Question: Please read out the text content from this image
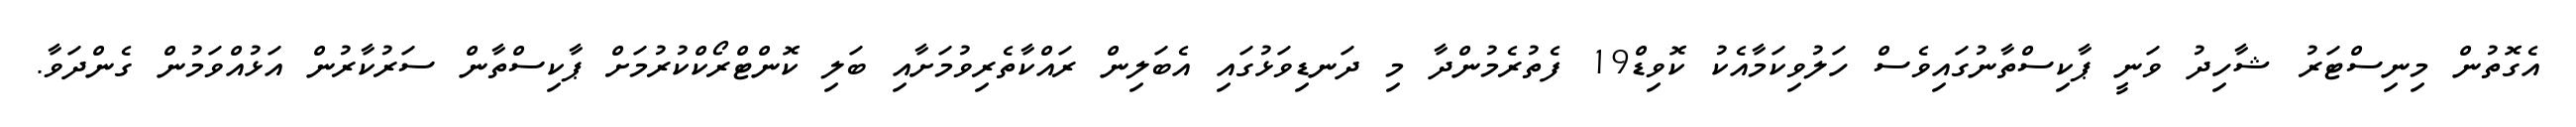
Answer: އެގޮތުން މިނިސްޓަރު ޝާހިދު ވަނީ ޕާކިސްތާނުގައިވެސް ހަލުވިކަމާއެކު ކޮވިޑް19 ފެތުރެމުންދާ މި ދަނޑިވަޅުގައި އެބަލިން ރައްކާތެރިވުމަށާއި ބަލި ކޮންޓްރޯކްކުރުމަށް ޕާކިސްތާން ސަރުކާރުން އަޅުއްވަމުން ގެންދަވާ.